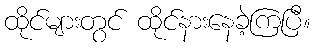
ထိုင်များတွင် ထိုင်နားနေခဲ့ကြပြီ။